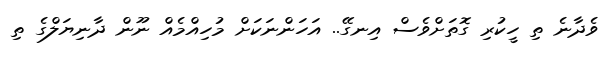
ވެދާނެ ތި ހީކުރި ގޮތަށްވެސް އިނގޭ.. އަހަންނަކަށް މުހިއްމެއް ނޫން ދާނިޔަލްގެ ތި